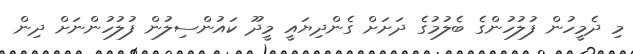
މި ދެމީހުން ފުލުހުންގެ ބެލުމުގެ ދަށަށް ގެންދިޔައީ މީދޫ ކައުންސިލުން ފުލުހުންނަށް ދިން